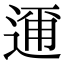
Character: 𮞘